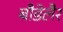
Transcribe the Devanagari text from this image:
बौडेलैर